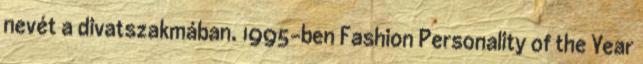
nevét a divatszakmában. 1995-ben Fashion Personality of the Year